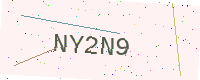
Text: NY2N9